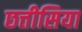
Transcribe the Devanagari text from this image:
छत्तीसिया